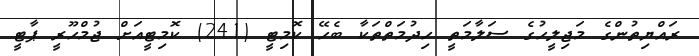
ރައްޔިތުންގެ މަޖިލީހުގެ ސަލާމަތީ ހިދުމަތްތަކާ ބެހޭ ކޮމިޓީ (241) ކޮމިޓީއަށް ޖުމްހޫރީ ޕާޓީ